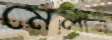
মেলান